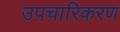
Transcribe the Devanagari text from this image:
उपचारिकरण